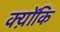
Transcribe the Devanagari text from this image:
क्य़ोंकि